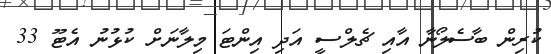
ކުރިން ބާސެލޯނާ އާއި ޗެލްސީ އަދި އިންޓަ މިިލާނަށް ކުޅުނު އެޓޫ 33